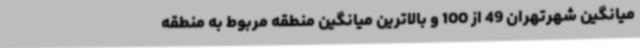
میانگین شهرتهران 49 از 100 و بالاترین میانگین منطقه مربوط به منطقه